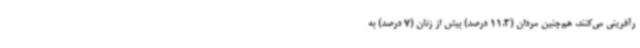
رآفرینی می‌کنند. هم‌چنین مردان (11.3 درصد) بیش از زنان (7 درصد) به